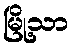
မြို့သာ